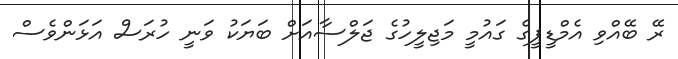
ރޭ ބޭއްވި އެމްޑީޕީގެ ގައުމީ މަޖިލީހުގެ ޖަލްސާއަށް ބަޔަކު ވަނީ ހުރަސް އަޅަންވެސް